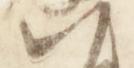
朝